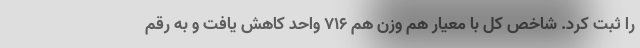
را ثبت کرد. شاخص کل با معیار هم وزن هم ۷۱۶ واحد کاهش یافت و به رقم